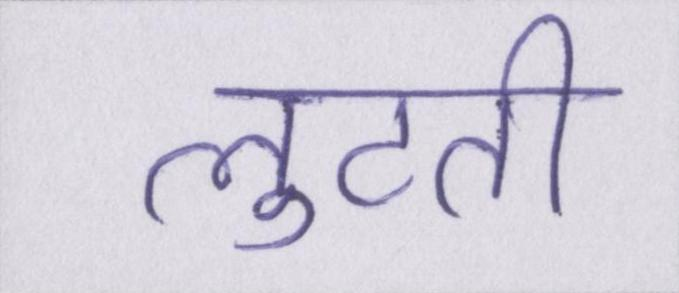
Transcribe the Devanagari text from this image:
लुटती